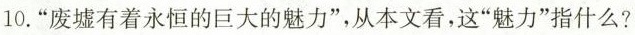
10.”废墟有着永恒的巨大的魅力”，从本文看，这”魅力”指什么?